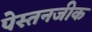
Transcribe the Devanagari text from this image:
पेस्तनजीक